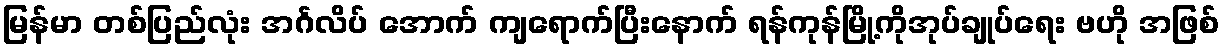
မြန်မာ တစ်ပြည်လုံး အင်္ဂလိပ် အောက် ကျရောက်ပြီးနောက် ရန်ကုန်မြို့ကိုအုပ်ချုပ်ရေး ဗဟို အဖြစ်